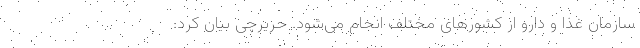
سازمان غذا و دارو از کشورهای مختلف انجام می‌شود. حریرچی بیان کرد: